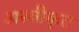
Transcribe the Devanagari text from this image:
अस्‍वीकृत